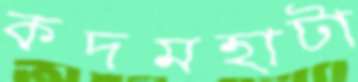
কদমহাটা